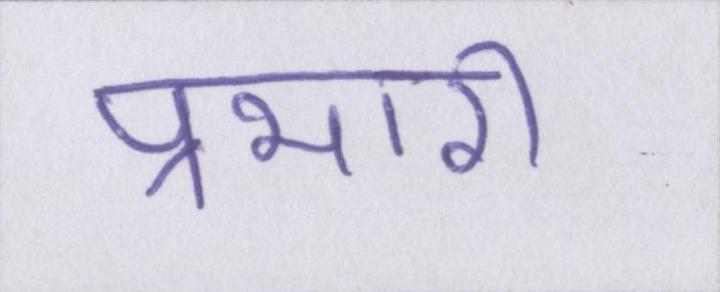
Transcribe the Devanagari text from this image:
प्रभारी